Punjab Mental Hospital Lahore 1922-31 - 1922-1931
Year: 1922
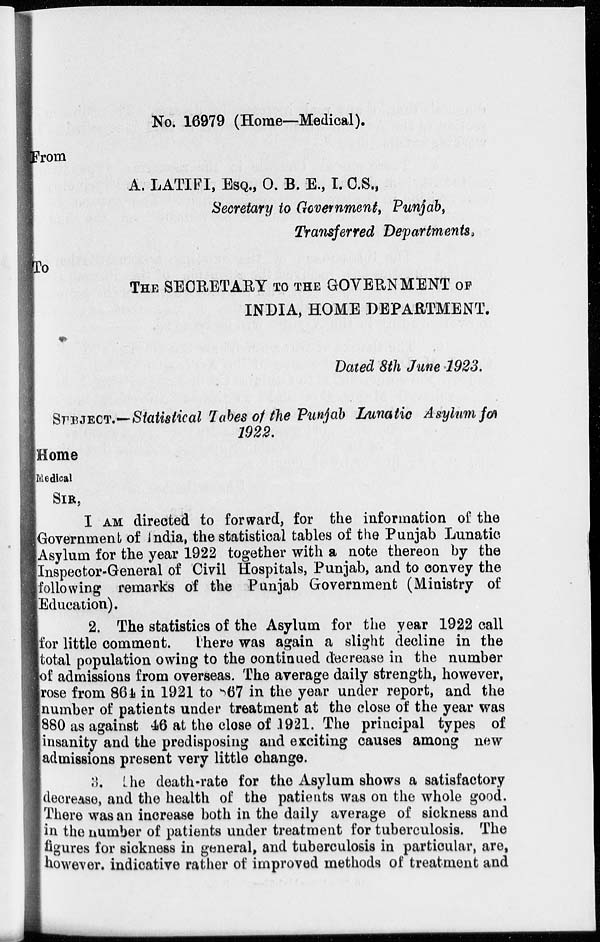
No. 16979 (Home—Medical).
From
A. LATIFI, ESQ., O. B. E., I.C.S.,
Secretary to Government, Punjab,
Transferred Departments,
To
THE SECRETARY TO THE GOVERNMENT OF
INDIA, HOME DEPARTMENT.
Dated 8th June 1923.
SUBJECT.—Statistical Tabes of the Punjab Lunatic Asylum for
1922.
Home
Medical
SIR,
I AM directed to forward, for the information of the
Government of India, the statistical tables of the Punjab Lunatic
Asylum for the year 1922 together with a note thereon by the
Inspector-General of Civil Hospitals, Punjab, and to convey the
following remarks of the Punjab Government (Ministry of
Education).
2. The statistics of the Asylum for the year 1922 call
for little comment. There was again a slight decline in the
total population owing to the continued decrease in the number
of admissions from overseas. The average daily strength, however,
rose from 864 in 1921 to 867 in the year under report, and the
number of patients under treatment at the close of the year was
880 as against 46 at the close of 1921. The principal types of
insanity and the predisposing and exciting causes among new
admissions present very little change.
3. The death-rate for the Asylum shows a satisfactory
decrease, and the health of the patients was on the whole good.
There was an increase both in the daily average of sickness and
in the number of patients under treatment for tuberculosis. The
figures for sickness in general, and tuberculosis in particular, are,
however. indicative rather of improved methods of treatment and